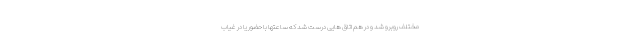
مختلف روبرو شد و در هم اتاق هایی درست شد که ساعتها با حضور یا در غیاب